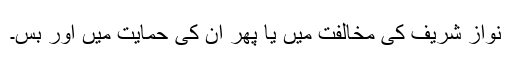
نواز شریف کی مخالفت میں یا پھر ان کی حمایت میں اور بس۔